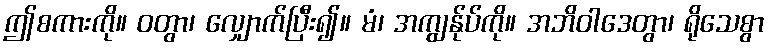
ဤစကားကို။ ဝတွာ၊ လျှောက်ပြီး၍။ မံ၊ အကျွန်ုပ်ကို။ အဘိဝါဒေတွာ၊ ရိုသေစွာ